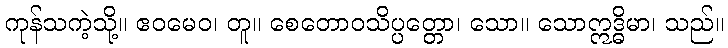
ကုန်သကဲ့သို့။ ဧဝမေဝ၊ တူ။ စေတောဝသိပ္ပတ္တော၊ သော။ သောဣဒ္ဓိမာ၊ သည်။